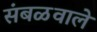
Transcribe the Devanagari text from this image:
संबळवाले